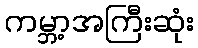
ကမ္ဘာ့အကြီးဆုံး